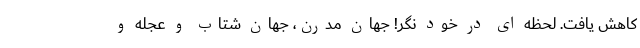
کاهش یافت. لحظه ‌ای در خود نِگَر! جهان مدرن، جهانِ شتاب و عجله و